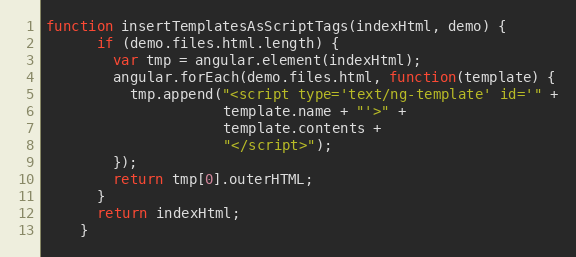
Language: JavaScript
function insertTemplatesAsScriptTags(indexHtml, demo) {
      if (demo.files.html.length) {
        var tmp = angular.element(indexHtml);
        angular.forEach(demo.files.html, function(template) {
          tmp.append("<script type='text/ng-template' id='" +
                     template.name + "'>" +
                     template.contents +
                     "</script>");
        });
        return tmp[0].outerHTML;
      }
      return indexHtml;
    }